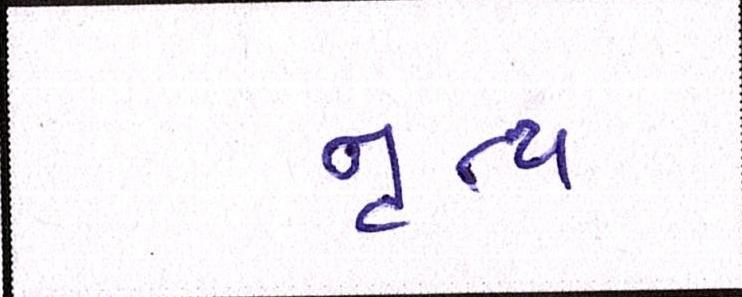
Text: નૃત્ય